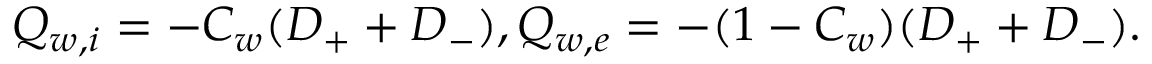
Q _ { w , i } = - C _ { w } ( D _ { + } + D _ { - } ) , Q _ { w , e } = - ( 1 - C _ { w } ) ( D _ { + } + D _ { - } ) .